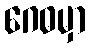
ဂေဓမှာ